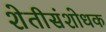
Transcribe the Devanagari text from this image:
शेतीसंशोधक